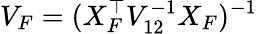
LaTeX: V_{F}=(X_{F}^{\top}V_{12}^{-1}X_{F})^{-1}